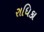
રાધિકા